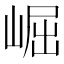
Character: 崛